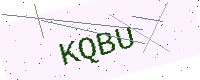
Text: KQBU